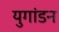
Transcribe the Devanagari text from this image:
युगांडन